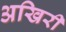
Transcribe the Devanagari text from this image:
अखिरी